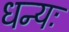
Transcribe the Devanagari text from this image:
धन्यः